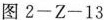
图2-Z-13